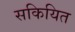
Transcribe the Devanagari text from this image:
सकियित